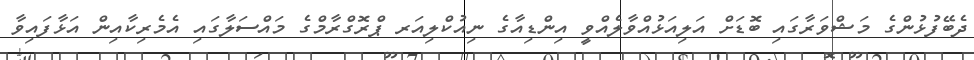
ދެބޭފުޅުންގެ މަޝްވަރާގައި ބޮޑަށް އަލިއަޅުއްވާލެއްވީ އިންޑިއާގެ ނިއުކްލިއަރ ޕްރޮގްރާމްގެ މައްސަލާގައި އެމެރިކާއިން އަޅާފައިވާ